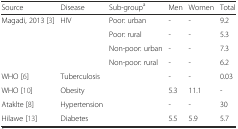
<table><thead><tr><td><b>Source</b></td><td><b>Disease</b></td><td><b>Sub-group<sup>a</sup></b></td><td><b>Men</b></td><td><b>Women</b></td><td><b>Total</b></td></tr></thead><tbody><tr><td>Magadi, 2013 [3]</td><td>HIV</td><td>Poor: urban</td><td>-</td><td>-</td><td>9.2</td></tr><tr><td></td><td></td><td>Poor: rural</td><td>-</td><td>-</td><td>5.3</td></tr><tr><td></td><td></td><td>Non-poor: urban</td><td>-</td><td>-</td><td>7.3</td></tr><tr><td></td><td></td><td>Non-poor: rural</td><td>-</td><td>-</td><td>6.2</td></tr><tr><td>WHO [6]</td><td>Tuberculosis</td><td></td><td>-</td><td>-</td><td>0.03</td></tr><tr><td>WHO [10]</td><td>Obesity</td><td></td><td>5.3</td><td>11.1</td><td>-</td></tr><tr><td>Ataklte [8]</td><td>Hypertension</td><td></td><td>-</td><td>-</td><td>30</td></tr><tr><td>Hilawe [13]</td><td>Diabetes</td><td></td><td>5.5</td><td>5.9</td><td>5.7</td></tr></tbody></table>